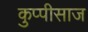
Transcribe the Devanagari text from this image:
कुप्पीसाज